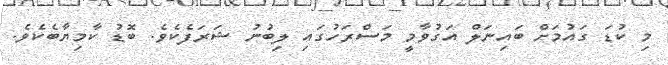
މި ކުޑަ ގައުމަށް ބައިނަލް އަގުވާމީ މަސްރަހުގައި ލިބުނު ޝަރަފެކެވެ. ބޮޑު ކާމިޔާބެކެވެ.